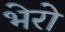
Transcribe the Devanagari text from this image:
भेरो